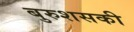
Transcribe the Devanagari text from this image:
बुरुशसकी